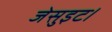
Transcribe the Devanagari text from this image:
जेसुइट।